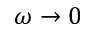
\omega \to 0